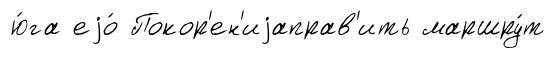
ю́га еjо́ Покор'ен'иjаправ'ить маршру́т